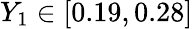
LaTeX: Y_{1}\in[0.19,0.28]